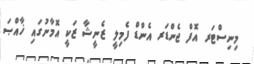
މިނިސްޓަރ އޮފް ޖެންޑަރ އެންޑް ފެމިލީ ޒެނީޝާ ޒަކީ އޮމާނުގައި ޚާއްޞަ